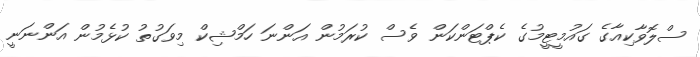
ސްލޮވާކިއާގެ ގައުމީޓީމުގެ ކެޕްޓަންކަން ވެސް ކުރަމުން އަންނަ ހަމްޝިކް މިވަގުތު ކުޅެމުން އަންނަނީ